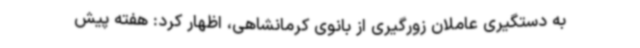
به دستگیری عاملان زورگیری از بانوی کرمانشاهی، اظهار کرد: هفته پیش